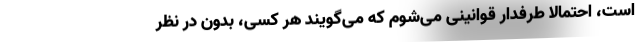
است، احتمالاً طرفدار قوانینی می‌شوم که می‌گویند هر کسی، بدون در نظر